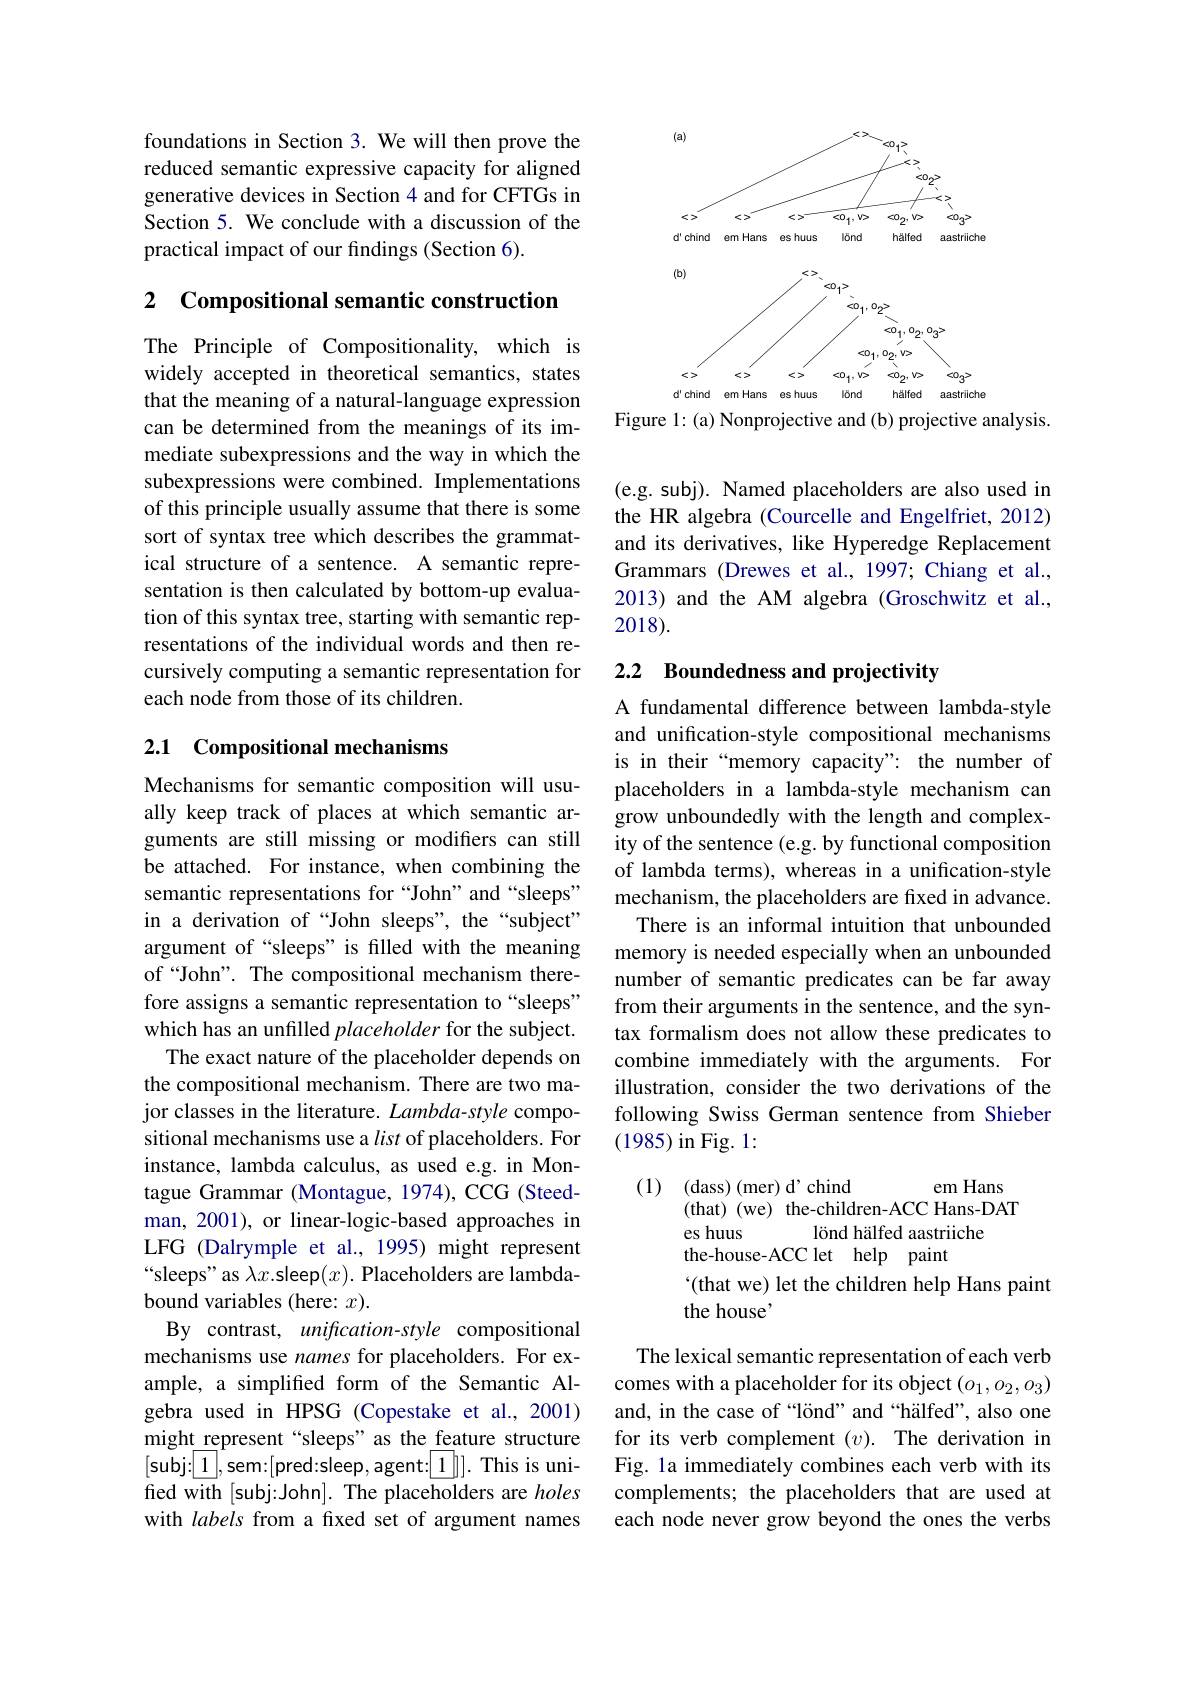
<FigureHere>
Figure 1: (a) Nonprojective and (b) projective analysis.

foundations in Section 3. We will then prove the reduced semantic expressive capacity for aligned generative devices in Section 4 and for CFTGs in Section 5. We conclude with a discussion of the practical impact of our findings (Section 6).

2 Compositional semantic construction

The Principle of Compositionality, which is widely accepted in theoretical semantics, states that the meaning of a natural-language expression can be determined from the meanings of its immediate subexpressions and the way in which the subexpressions were combined. Implementations of this principle usually assume that there is some sort of syntax tree which describes the grammatical structure of a sentence. A semantic representation is then calculated by bottom-up evaluation of this syntax tree, starting with semantic representations of the individual words and then recursively computing a semantic representation for each node from those of its children.

## 2.1 Compositional mechanisms

Mechanisms for semantic composition will usually keep track of places at which semantic arguments are still missing or modifers can still be attached. For instance, when combining the semantic representations for “John” and“sleeps” in a derivation of “John sleeps", the “subject” argument of “sleeps” is filled with the meaning of“John”. The compositional mechanism therefore assigns a semantic representation to “sleeps” which has an unfilled placeholder for the subject.
The exact nature of the placeholder depends on the compositional mechanism. There are two major classes in the literature. Lambda-style compositional mechanisms use a list of placeholders. For instance, lambda calculus, as used e.g. in Montague Grammar (Montague, 1974), CCG (Steedman, 2001), or linear-logic-based approaches in LFG (Dalrymple et al., 1995) might represent “sleeps" as $\lambda x.$sleep$(x).$ Placeholders are lambdabound variables (here: $x).$
By contrast, unification-style compositional mechanisms use names for placeholders. For example, a simplifed form of the Semantic Algebra used in HPSG (Copestake et al.,2001) might represent “sleeps”as the feature structure [subj:$\boxed1$,sem:[pred:sleep, agent:$\boxed1]].$ This is unified with [subj:John]. The placeholders are holes with labels from a from a fxed set of argument names

(e.g. subj). Named placeholders are also used in the HR algebra (Courcelle and Engelfriet, 2012) and its derivatives, like Hyperedge Replacement Grammars (Drewes et al., 1997; Chiang et al., 2013) and the AM algebra (Groschwitz et al., 2018).

# 2.2 Boundedness and projectivity

A fundamental difference between lambda-style and unification-style compositional mechanisms is in their“memory capacity”: the number of placeholders in a lambda-style mechanism can grow unboundedly with the length and complexity of the sentence (e.g. by functional composition of lambda terms), whereas in a unification-style mechanism, the placeholders are fixed in advance.
There is an informal intuition that unbounded memory is needed especially when an unbounded number of semantic predicates can be far away from their arguments in the sentence, and the syntax formalism does not allow these predicates to combine immediately with the arguments. For illustration, consider the two derivations of the following Swiss German sentence from Shieber (1985) in Fig. 1:

(1) (dass)(mer) d'chind
em Hans
(that) (we) the-children-ACC Hans-DAT
es huus
lönd hälfed aastriiche
the-house-ACC let help paint
`(that we) let the children help Hans paint
the house'

The lexical semantic representation of each verb comes with a placeholder for its object $(o_1,o_2,o_3)$ and, in the case of “lönd” and“hälfed”, also one for its verb complement $( v) .$ The derivation in Fig. la immediately combines each verb with its complements; the placeholders that are used at each node never grow beyond the ones the verbs